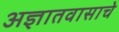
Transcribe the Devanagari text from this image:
अज्ञातवासाचे